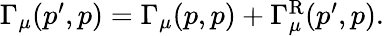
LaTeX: \begin{array}{r}{\Gamma_{\mu}(p^{\prime},p)=\Gamma_{\mu}(p,p)+\Gamma_{\mu}^{\mathrm{R}}(p^{\prime},p).}\end{array}